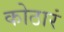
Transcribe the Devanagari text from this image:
कोठारं